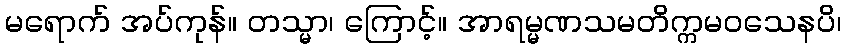
မရောက် အပ်ကုန်။ တသ္မာ၊ ကြောင့်။ အာရမ္မဏသမတိက္ကမဝသေနပိ၊